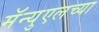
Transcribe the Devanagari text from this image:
मॅन्युएलच्या